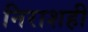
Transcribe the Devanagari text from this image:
निराशही